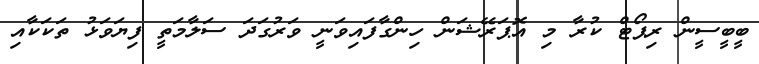
ބީބީސީން ރިޕޯޓް ކުރާ މި އޮޕަރޭޝަން ހިންގާފައިވަނީ ވަރުގަދަ ސަލާމަތީ ފިޔަވަޅު ތަކަކާއި